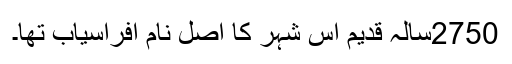
2750سالہ قدیم اس شہر کا اصل نام افراسیاب تھا۔